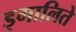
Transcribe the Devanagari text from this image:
इगालिते